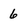
Character: 6